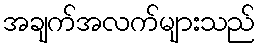
အချက်အလက်များသည်